Report of the Bombay Veterinary College
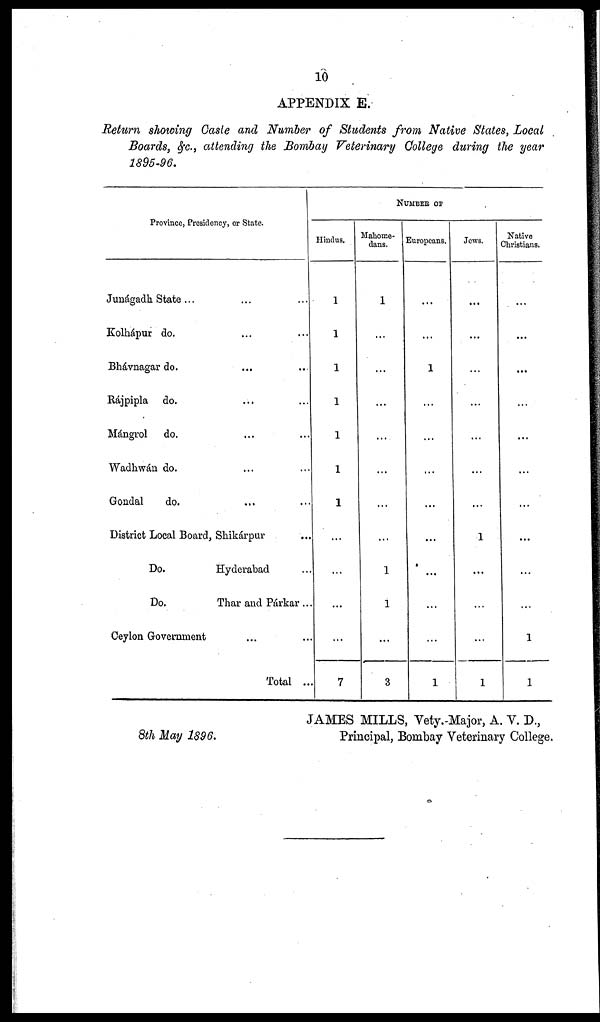
10
APPENDIX E.
Return showing Caste and Number of Students from Native States, Local
Boards, &c., attending the Bombay Veterinary College during the year
1895-96.
Province, Presidency, or State.
Junágadh State... ...
Kolhápur do. ... ...
Bhávnagar do. ... ...
Rájpipla do. ... ...
Mángrol
do. ... ...
Wadhwán do. ... ...
Gondal
do. ... ...
District Local Board, Shikárpur
Do.
Hyderabad
Do.
Thar and Párkar ...
Ceylon Government
Total ...
Hindus.
1
1
1
1
1
1
1
...
...
...
...
7
NUMBEE OF
Mahome-
dans.
1
...
...
...
...
...
...
...
1
1
...
3
Europeans.
...
...
1
...
...
...
...
...
...
...
...
1
Jews.
...
...
...
...
...
...
...
1
...
...
...
1
Native
Christians.
...
...
...
...
...
...
...
...
...
...
1
1
JAMES MILLS, Vety.-Major, A. V. D.,
8th May 1896.
Principal, Bombay Veterinary College.